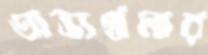
অভ্যর্থনার